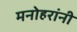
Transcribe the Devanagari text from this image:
मनोहरांनी